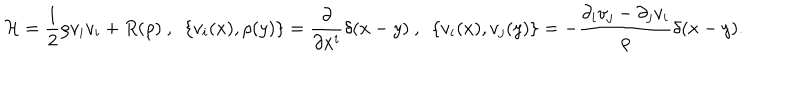
LaTeX: { \cal H } = { \frac { 1 } { 2 } } \rho v _ { i } v _ { i } + R ( \rho ) ~ , ~ ~ \{ v _ { i } ( x ) , \rho ( y ) \} = { \frac { \partial } { \partial x ^ { i } } } \delta ( x - y ) ~ , ~ ~ \{ v _ { i } ( x ) , v _ { j } ( y ) \} = - { \frac { \partial _ { i } v _ { j } - \partial _ { j } v _ { i } } { \rho } } \delta ( x - y ) .